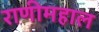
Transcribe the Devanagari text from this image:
राणीमहाल